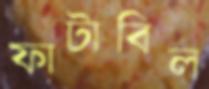
ফাটাবিল